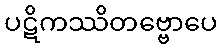
ပဋိကဿိတဗ္ဗောပေ